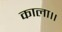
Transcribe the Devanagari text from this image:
काला।।